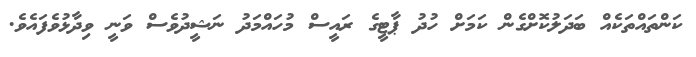
ކަންތައްތަކެއް ބަދަލުކޮށްގެން ކަމަށް ހުދު ޕާޓީގެ ރައީސް މުހައްމަދު ނަޝީދުވެސް ވަނީ ވިދާޅުވެފައެވެ.